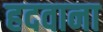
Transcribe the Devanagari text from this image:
हदवाना